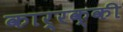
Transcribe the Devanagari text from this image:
कार्रक्की